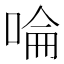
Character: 㖮